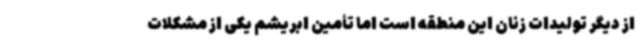
از دیگر تولیدات زنان این منطقه است اما تأمین ابریشم یکی از مشکلات